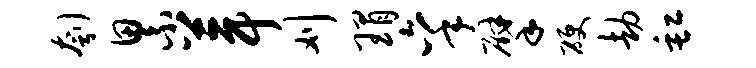
刳累葺刈瑁秉擘硬劫缸